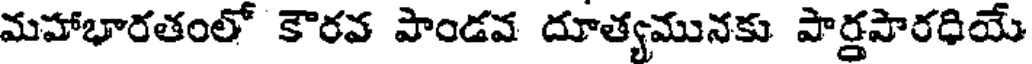
మహాభారతంలో కౌరవ పాండవ దూత్యమునకు పార్తపారధియే